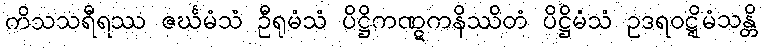
ကိသသရီရဿ ဇင်္ဃမံသံ ဦရုမံသံ ပိဋ္ဌိကဏ္ဋကနိဿိတံ ပိဋ္ဌိမံသံ ဥဒရဝဋ္ဋိမံသန္တိ